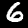
Digit: 6